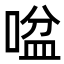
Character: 㖹